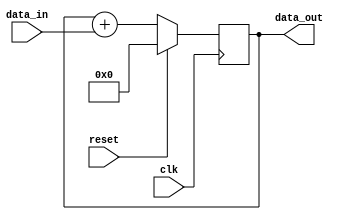
module fixed_point_accumulator
(
    input wire clk,
    input wire reset,
    input wire [N-1:0] data_in,
    output reg [M-1:0] data_out
);

parameter N = 8; // number of bits for input data
parameter M = 16; // number of bits for accumulator data
parameter INT_BITS = 8; // number of integer bits
parameter FRAC_BITS = 8; // number of fractional bits

reg signed [M-1:0] accumulator;

always @(posedge clk)
begin
    if (reset)
    begin
        accumulator <= 0;
    end
    else
    begin
        accumulator <= accumulator + $signed(data_in);
    end
end

assign data_out = accumulator;

endmodule